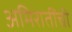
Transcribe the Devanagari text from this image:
अमिरातींची